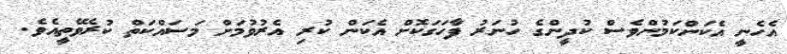
އެހެނީ އެކަންކަމުންވެސް ކުދީންގެ ހުނަރު ފާހަގަކޮށް އެކަން ކުރި އެރުވުމަށް މަސައްކަތް ކުރެވޭތީއެވެ.